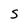
Character: S